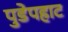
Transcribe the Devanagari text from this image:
पुडेपहाट